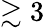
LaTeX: \gtrsim 3